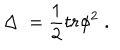
\Delta \; = \frac 1 2 t r \phi ^ { 2 } \; .